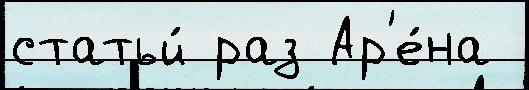
статьи́ раз Ар'е́на